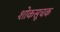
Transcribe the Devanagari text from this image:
शोकसूचक